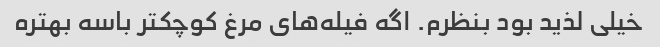
خیلی لذید بود بنظرم. اگه فیله‌های مرغ کوچکتر باسه بهتره